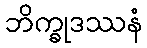
ဘိက္ခုဒဿနံ